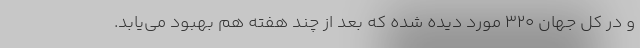
و در کل جهان ۳۲۰ مورد دیده شده که بعد از چند هفته هم بهبود می‌یابد.